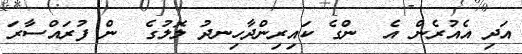
އަދި އެއުރެން އެ  ންގެ ކައިރިންދާހިނދު ލޮލުގެ  ން ފުރައްސާރަ